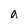
Character: a